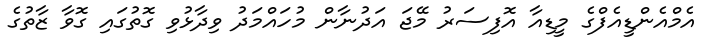
އެމްއެންޑީއެފްގެ މީޑިއާ އޮފިސަރު މޭޖަ އަދުނާން މުހައްމަދު ވިދާޅުވި ގޮތުގައި ގޮވާ ޒާތުގެ